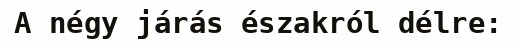
A négy járás északról délre: